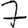
Digit: 7